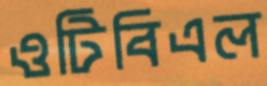
ওটিবিএল